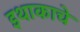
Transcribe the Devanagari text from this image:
इथाकाचे